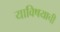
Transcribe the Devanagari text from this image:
याविषयाची